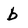
Character: b